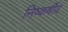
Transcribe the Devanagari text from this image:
निष्कर्षीय